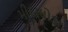
મીઠાઘોડા